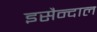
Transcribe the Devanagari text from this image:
इसैन्दाल